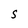
Character: S